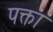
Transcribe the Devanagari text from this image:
पक्ता